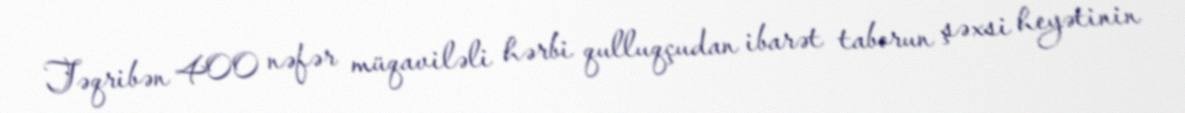
Təqribən 400 nəfər müqaviləli hərbi qulluqçudan ibarət taborun şəxsi heyətinin